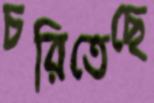
চরিতেছে